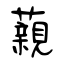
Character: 藽